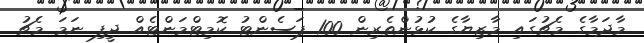
މާދަމާގެ މެޗުގައި މާޒިޔާގެ ކުޅުންތެރިން 100 ޕަސެންޓު ކޮމިޓްމަންޓެއް ދީފި ނަމަ މެޗު